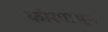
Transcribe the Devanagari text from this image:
कोरपासून